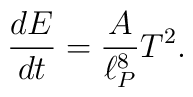
{d E \over dt} = \frac{A}{\ell_P^8} T^2.